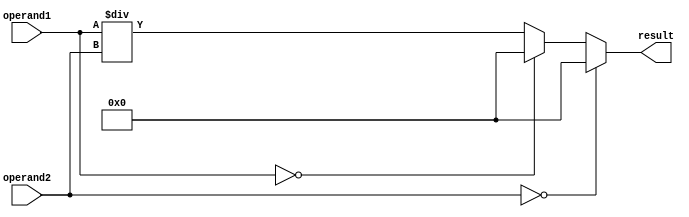
module FractionalDivider (
    input wire [31:0] operand1,
    input wire [31:0] operand2,
    output reg [31:0] result
);

// Logic to handle special cases
always @*
begin
    if (operand2 == 0)
        result <= 32'h0000_0000; // Division by zero
    else if (operand1 == 0)
        result <= 32'h0000_0000; // Zero divided by any number is zero
    else
        result <= operand1 / operand2; // Regular division
end

endmodule